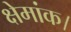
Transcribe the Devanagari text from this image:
क्षेमांक।